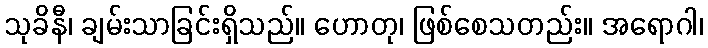
သုခိနီ၊ ချမ်းသာခြင်းရှိသည်။ ဟောတု၊ ဖြစ်စေသတည်း။ အရောဂါ၊